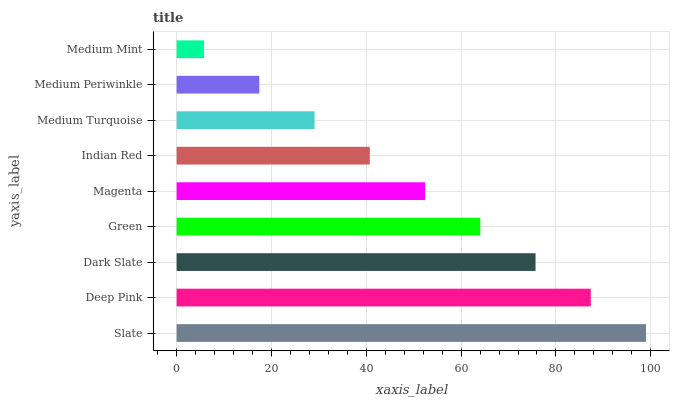
| yaxis_label | bars |
 | --- | --- |
 | Slate | 99 |
 | Deep Pink | 87.3 |
 | Dark Slate | 75.7 |
 | Green | 64 |
 | Magenta | 52.4 |
 | Indian Red | 40.7 |
 | Medium Turquoise | 29.1 |
 | Medium Periwinkle | 17.4 |
 | Medium Mint | 5.79 |